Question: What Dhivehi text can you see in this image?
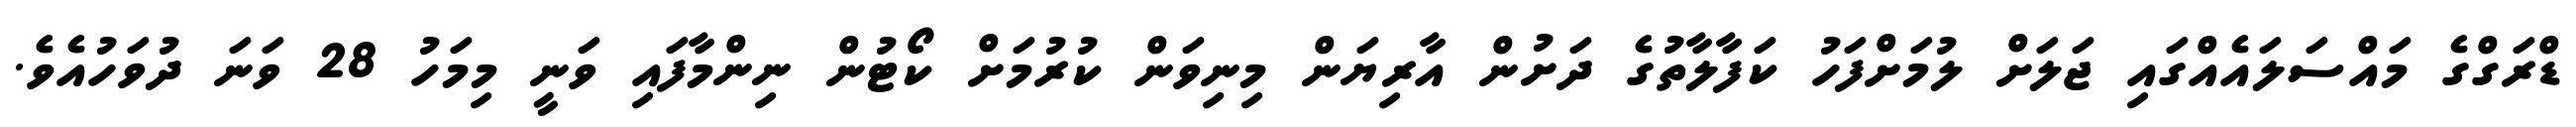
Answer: ޑްރަގްގެ މައްސަލައެއްގައި ޖަލަށް ލުމަށްފަހު ކަފާލާތުގެ ދަށުން އާރިޔަން މިނިވަން ކުރުމަށް ކޯޓުން ނިންމާފައި ވަނީ މިމަހު 28 ވަނަ ދުވަހުއެވެ.